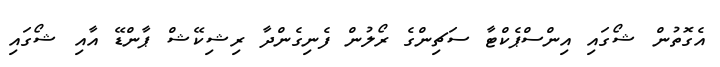
އެގޮތުން ޝޯގައި އިންސްޕެކްޓާ ސަޗިންގެ ރޯލުން ފެނިގެންދާ ރިޝިކޭޝް ޕާންޑޭ އާއި ޝޯގައި